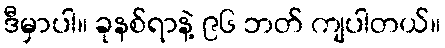
ဒီမှာပါ။ ခုနစ်ရာနဲ့ ၉၆ ဘတ် ကျပါတယ်။